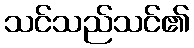
သင်သည်သင်၏